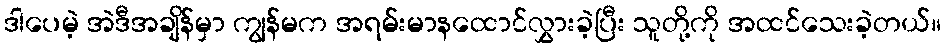
ဒါပေမဲ့ အဲဒီအချိန်မှာ ကျွန်မက အရမ်းမာနထောင်လွှားခဲ့ပြီး သူတို့ကို အထင်သေးခဲ့တယ်။